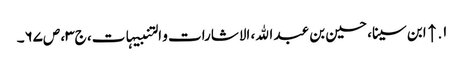
۱. ↑ ابن سینا، حسین بن عبد الله، الاشارات و التنبیہات، ج‌۳، ص‌۶۷‌۔